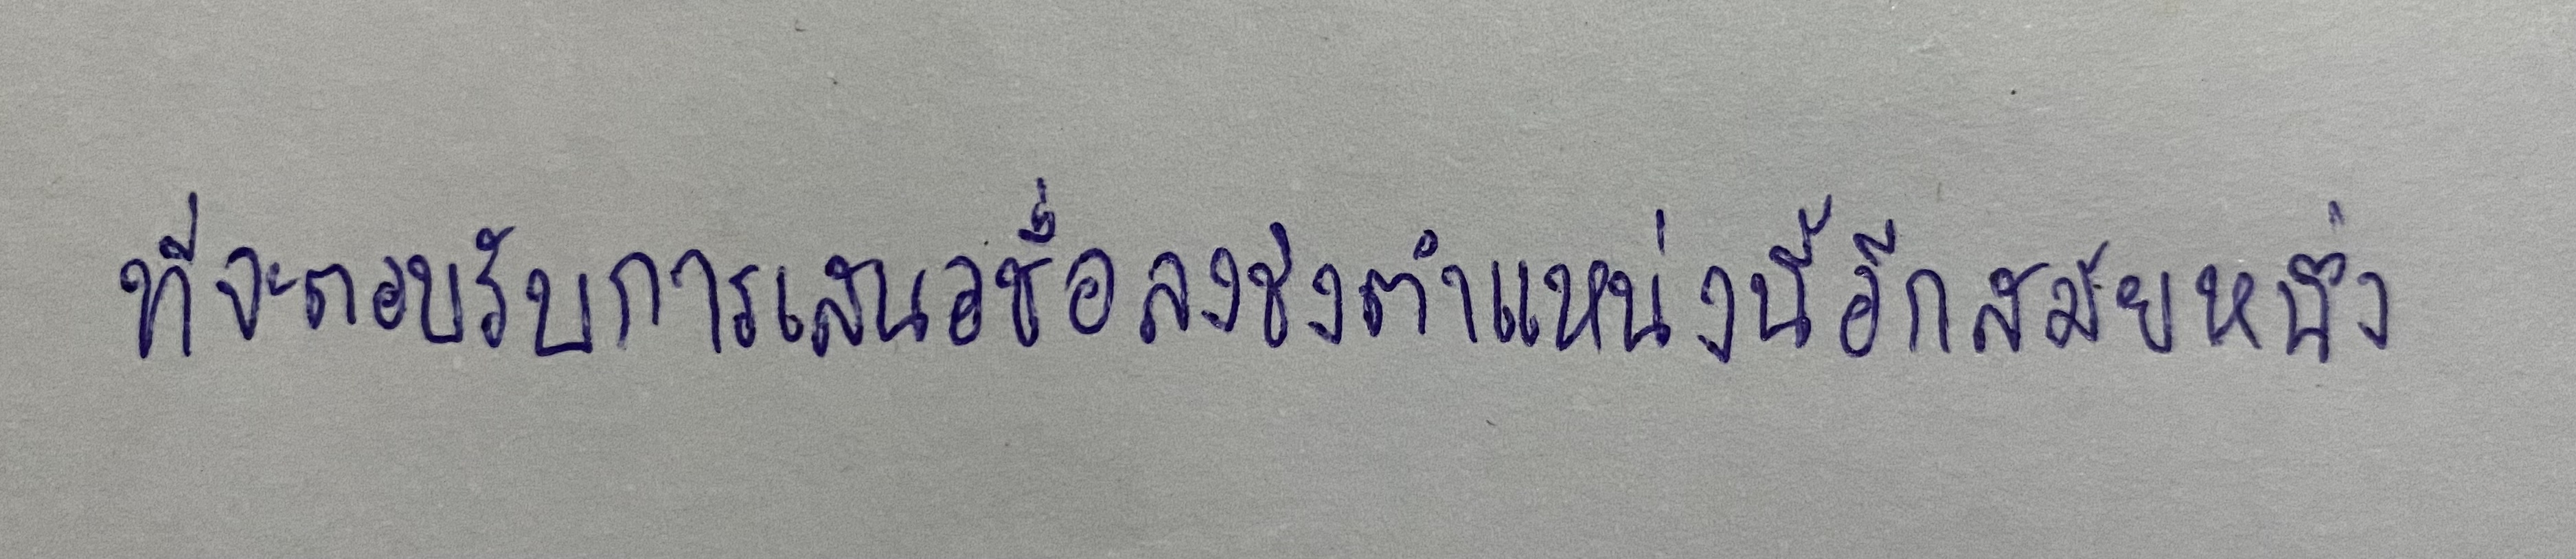
ที่จะตอบรับการเสนอชื่อลงชิงตำแหน่งนี้อีกสมัยหนึ่ง